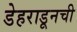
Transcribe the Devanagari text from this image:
डेहराडूनची